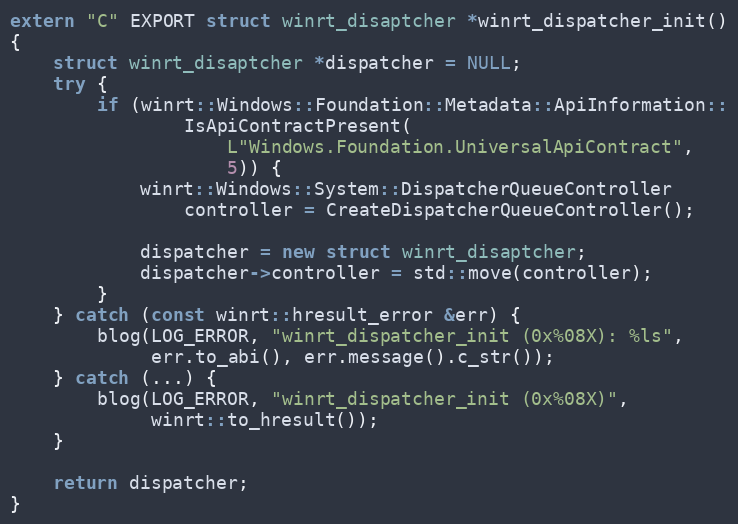
Language: C++
extern "C" EXPORT struct winrt_disaptcher *winrt_dispatcher_init()
{
	struct winrt_disaptcher *dispatcher = NULL;
	try {
		if (winrt::Windows::Foundation::Metadata::ApiInformation::
			    IsApiContractPresent(
				    L"Windows.Foundation.UniversalApiContract",
				    5)) {
			winrt::Windows::System::DispatcherQueueController
				controller = CreateDispatcherQueueController();

			dispatcher = new struct winrt_disaptcher;
			dispatcher->controller = std::move(controller);
		}
	} catch (const winrt::hresult_error &err) {
		blog(LOG_ERROR, "winrt_dispatcher_init (0x%08X): %ls",
		     err.to_abi(), err.message().c_str());
	} catch (...) {
		blog(LOG_ERROR, "winrt_dispatcher_init (0x%08X)",
		     winrt::to_hresult());
	}

	return dispatcher;
}